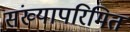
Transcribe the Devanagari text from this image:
संख्यापरिमितं